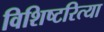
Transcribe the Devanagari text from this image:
विशिष्टरित्या